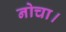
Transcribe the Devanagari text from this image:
नोचा।